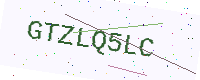
Text: GTZLQ5LC